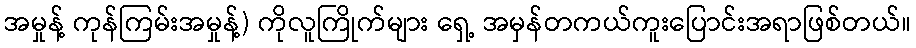
အမှုန့် ကုန်ကြမ်းအမှုန့်) ကိုလူကြိုက်များ ရှေ့ အမှန်တကယ်ကူးပြောင်းအရာဖြစ်တယ်။